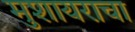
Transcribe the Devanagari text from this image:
मुशायराचा